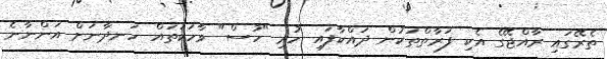
ތެރޭގައި ރާއްޖޭގެ އެކި ފަރާތްތަކުން ދައްކާފައި ހުރި "ހުސް" ވާހަކަތައް ހަނދާނަށް އަންނާނެ